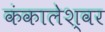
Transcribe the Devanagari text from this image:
कंकालेश्‍वर